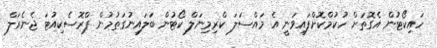
ހައިކޯޓުން އެގޮތަށް ހުކުމްކޮށްފައިވަނީ އެ މައްސަލަ ކްރިމިނަލް ކޯޓުން ބަލައިނުގަތުމުން ޕްރޮސެކިއުޓަ ޖެނެރަލް